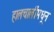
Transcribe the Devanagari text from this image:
हालचालींमधून